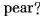
pear?